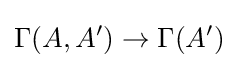
\Gamma (A,A')\to \Gamma (A')